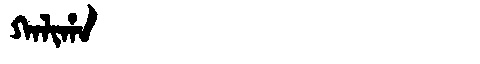
Manchu: ᡴᠠᠯᡳᡥᠠ
Romanization: KALIHA